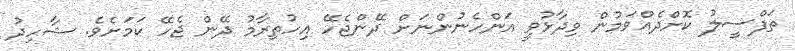
ތަފްސީލު ކޮށްދެއްވަމުން ވިދާޅުވީ އަންހެނުންނަށް ދޭންޖެހޭ އިހުތިރާމު ދޭން ޖެހޭ ކަމަށެވެ. ޝާހިދު